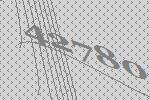
42780